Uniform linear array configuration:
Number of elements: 24
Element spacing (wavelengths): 0.5
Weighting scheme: kaiser
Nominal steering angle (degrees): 0
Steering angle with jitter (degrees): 1.093
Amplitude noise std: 0.05
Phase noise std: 0.05

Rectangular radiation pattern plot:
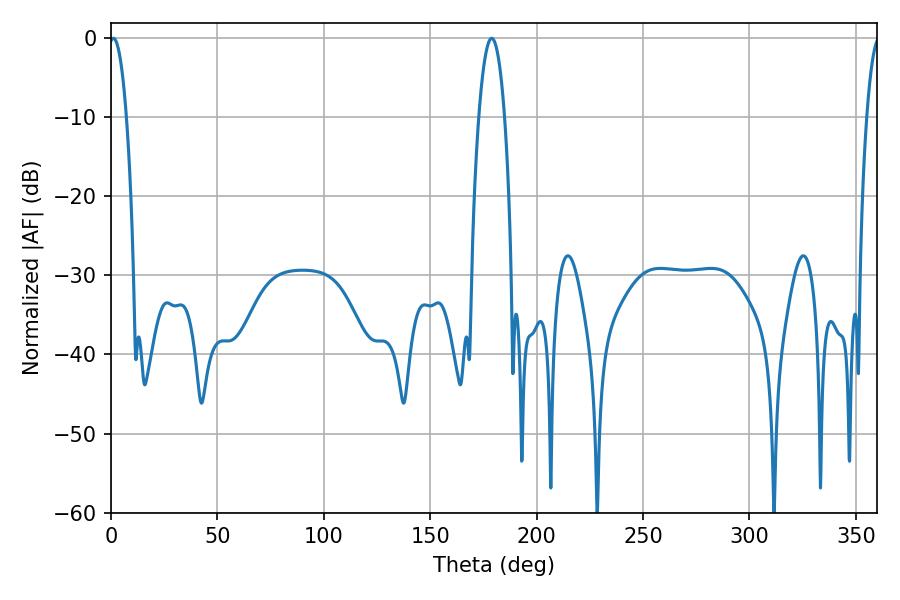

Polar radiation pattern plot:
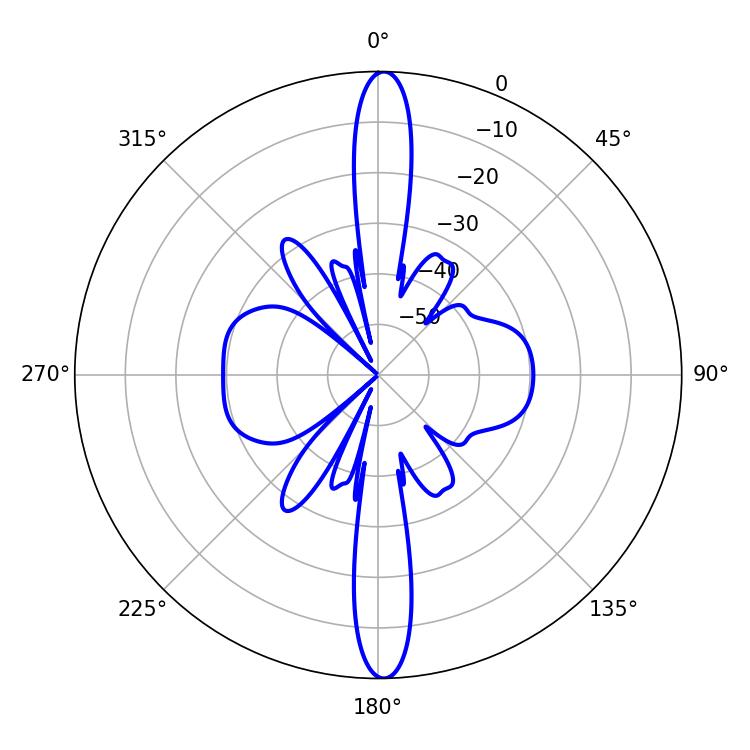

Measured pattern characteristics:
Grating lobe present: FALSE
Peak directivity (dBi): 26.468
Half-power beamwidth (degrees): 4.5
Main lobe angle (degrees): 1.08